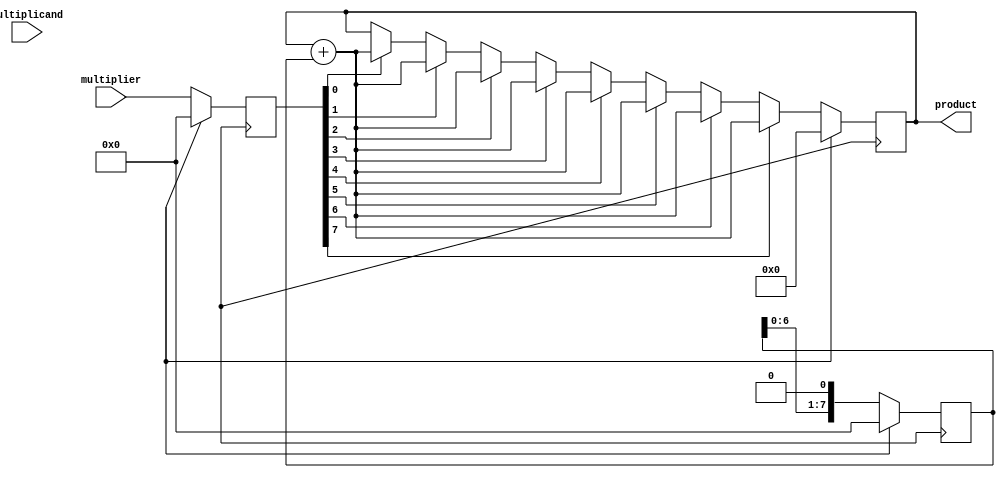
module unsigned_multiplier(
    input wire [7:0] multiplicand,
    input wire [7:0] multiplier,
    output reg [15:0] product
);

reg [7:0] multiplicand_reg;
reg [7:0] multiplier_reg;
reg [7:0] temp_result;
reg [3:0] i;

always @ (posedge clock) begin
    if (reset) begin
        multiplicand_reg <= 8'd0;
        multiplier_reg <= 8'd0;
        temp_result <= 8'd0;
        product <= 16'd0;
        i <= 4'd0;
    end else begin
        multiplicand_reg <= multiplicand;
        multiplier_reg <= multiplier;
        temp_result <= multiplicand_reg;
        
        for(i = 0; i < 8; i = i + 1) begin
            if(multiplier_reg[i] == 1) begin
                product <= product + temp_result; // addition operation
            end
            temp_result <= temp_result << 1; // shifting operation
        end
    end
end

endmodule